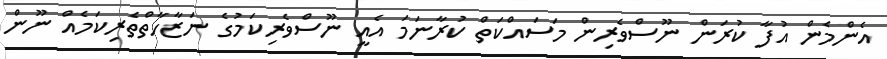
އެންމެން އުފާ ކުރަން ނޫސްވެރިން މަސައްކަތް ކުރާނަމަ އެއީ ނޫސްވެރިކަމުގެ ނަޒާހާތްތެރިކަމެއް ނޫން